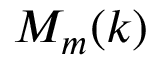
M _ { m } ( k )